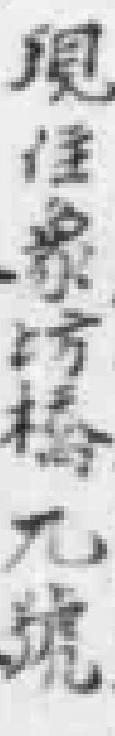
現住象坊橋九號